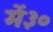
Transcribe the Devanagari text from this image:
में३०